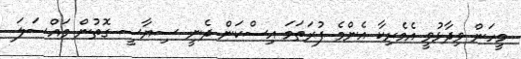
މީހަން ވިދާޅުވީ އެމެރިކާ އެންމެ ފުރަތަމަ އިސްކަން ދެނީ ސިޔާސީ ގޮތުން މައްސަލަ